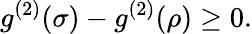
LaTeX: g^{(2)}(\sigma)-g^{(2)}(\rho)\geq 0.